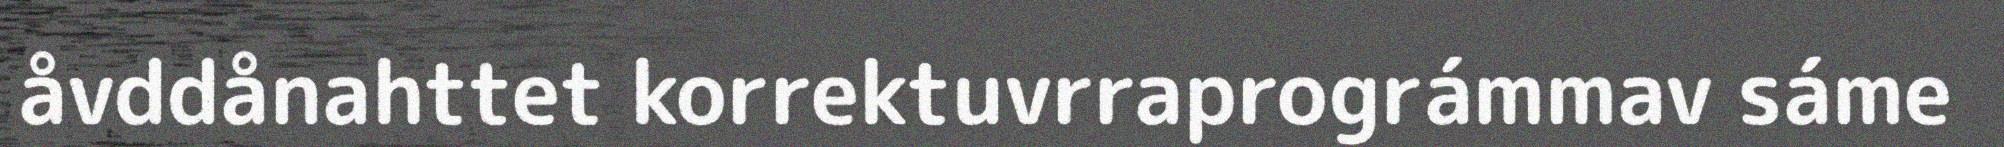
åvddånahttet korrektuvrraprográmmav sáme